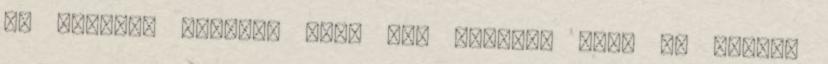
Ez alapján persze, hogy azt hittem, hogy ez biztos